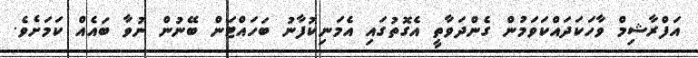
އަފްރާޝިމް ވާހަކަދައްކަވަމުން ގެންދަވާތީ އެގޮތުގައި އެމަނިކުފާނު ބަހައްޓަން ބޭނުން ނުވާ ބައެއް ކަމަށެވެ.